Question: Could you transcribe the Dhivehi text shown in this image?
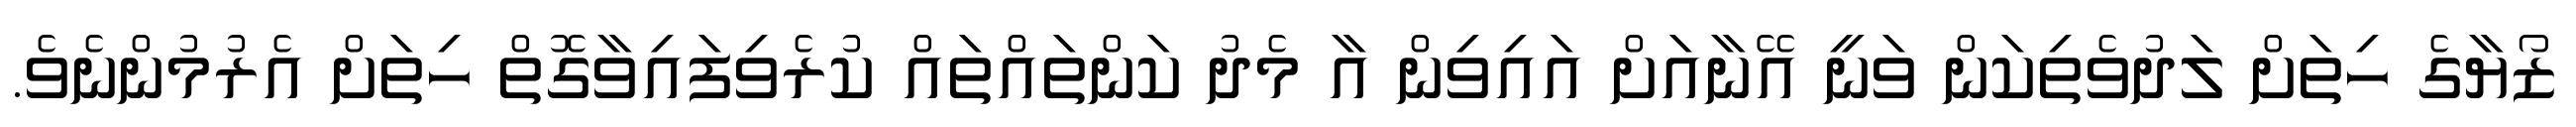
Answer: ޒޯޔާގެ ހިތަށް ލަދުވެތިކަން ވަނީ އޭނާއަށް އައިވިން އާ މެދު ކަންތައްތައް ކުރެވިފައިވާގޮތް ހިތަށް އެރުމުންނެވެ.